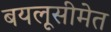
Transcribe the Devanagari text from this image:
बयलूसीमेत